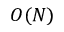
O ( N )